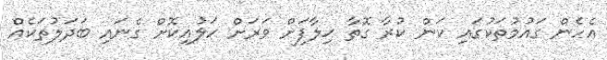
އެހެން ގައުމުތަކުގައި ކަން ކުރާ ގޮތާ ޚިލާފަށް ވަރަށް ހަލުއިކޮށް ގެނައި ބަދަލުތަކެއް